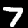
Label: 7